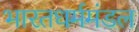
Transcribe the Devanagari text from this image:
भारतधर्ममंडल